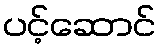
ပင့်ဆောင်